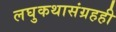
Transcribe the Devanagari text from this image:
लघुकथासंग्रहही